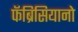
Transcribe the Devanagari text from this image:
फॅब्रिसियानो